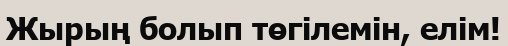
Жырың болып төгілемін, елім!